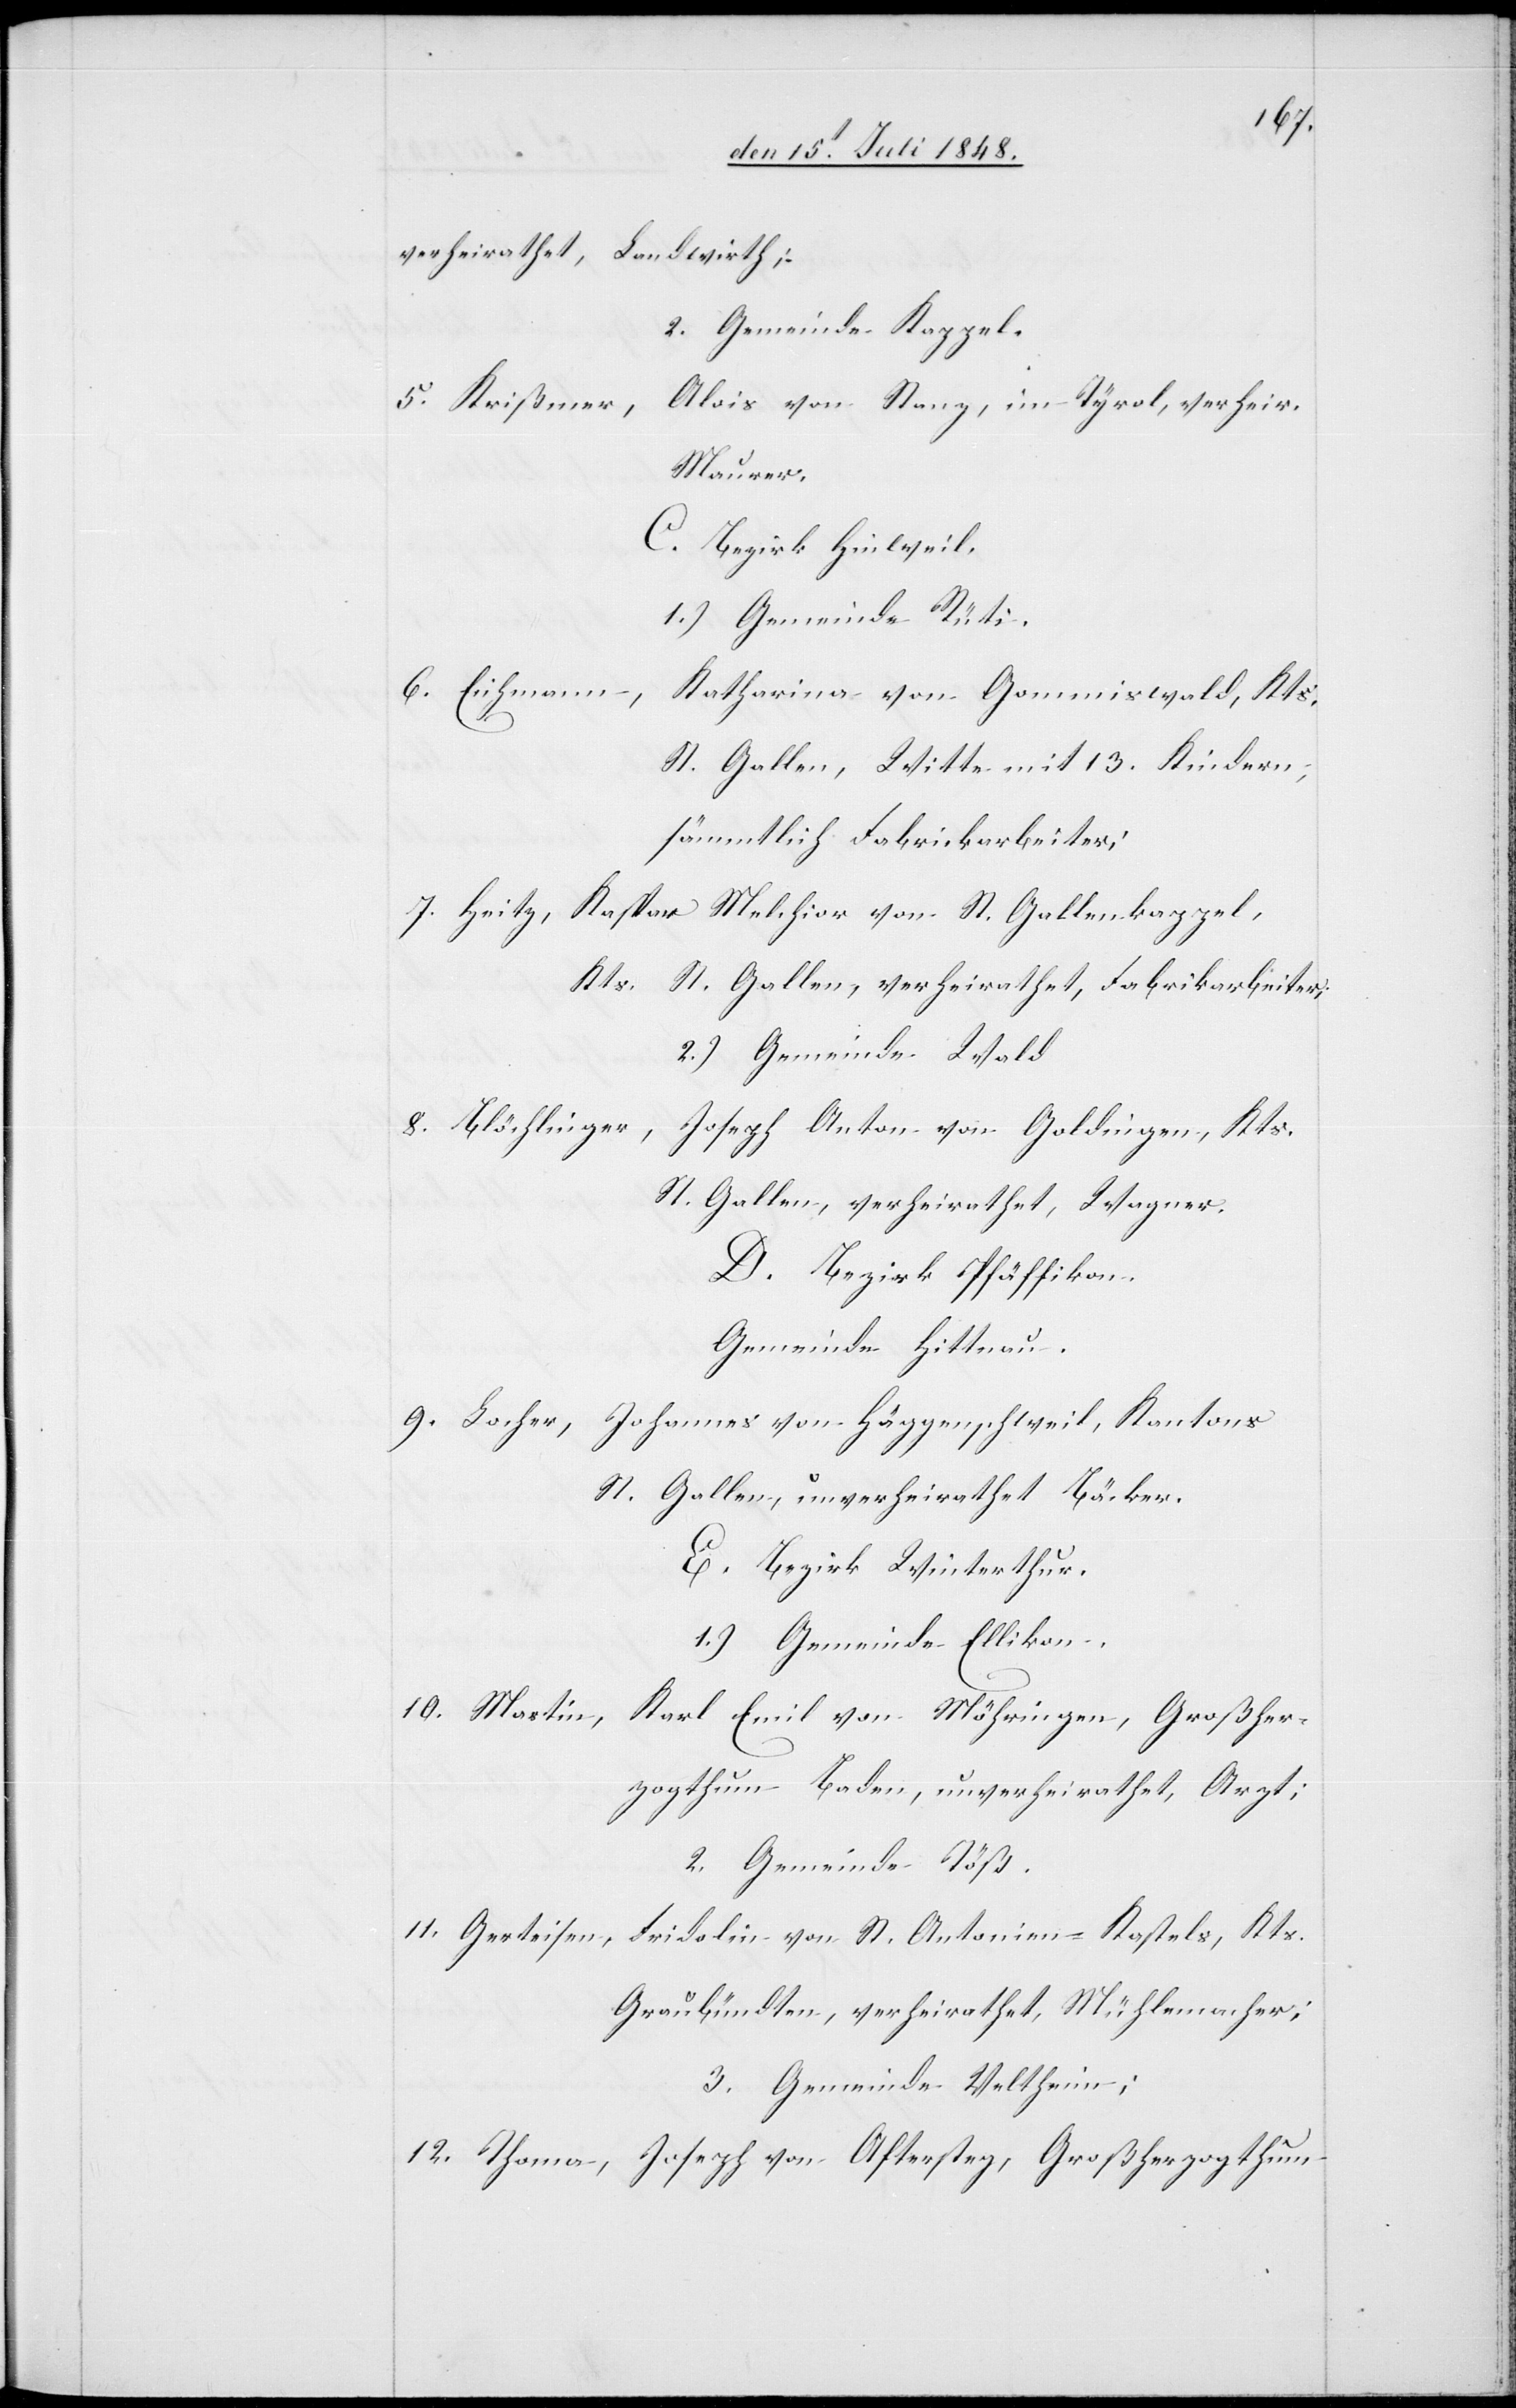
verheirathet,
Landwirth;
2. Gemeinde Kappel.
5. Krißner,
Alois von Stanz, im Tyrol, verheir.
Maurer.
C. Bezirk Hinweil.
1.) Gemeinde Rüti.
6. Eichmann,
Katharina von Gammiswald, Kts.
St. Gallen, Wittwe mit 13. Kindern,
sämmtlich Fabrikarbeiter;
7. Heitz, Kaspar Melchior von St. Gallenkappel,
Kts. St. Gallen, verheirathet, Fabrikarbeiter;
2.) Gemeinde Wald
8. Blöchlinger, Joseph Anton von Godlingen, Kts.
St. Gallen, verheirathet, Wagner.
D. Bezirk Pfäffikon.
Gemeinde Hittnau.
9. Locher, Johannes von Häggenschweil, Kantons
St. Gallen, unverheirathet Bäcker.
E. Bezirk Winterthur.
1.) Gemeinde Ellikon.
10. Martin, Karl Emil von Möhringen, Großher¬
zogthum Baden, unverheirathet, Arzt;
2. Gemeinde Töß.
11. Gerteisen, Fridolin von St. Antonien-Kastels, Kts.
Graubündten, verheirathet, Mühlemacher;
3. Gemeinde Veltheim;
12. Thoma, Joseph von Aftersteg, Großherzogthum